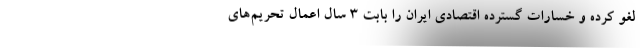
لغو کرده و خسارات گسترده اقتصادی ایران را بابت 3 سال اعمال تحریم‌های